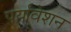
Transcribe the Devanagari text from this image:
पर्यावेशन